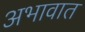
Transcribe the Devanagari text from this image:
अभावात